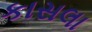
કાસલા